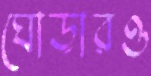
ঘোড়ারও